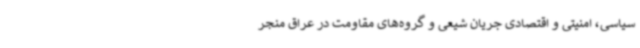
سیاسی، امنیتی و اقتصادی جریان شیعی و گروه‌های مقاومت در عراق منجر